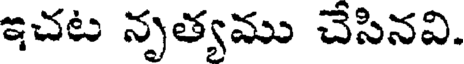
ఇచట నృత్యము చేసినవి.